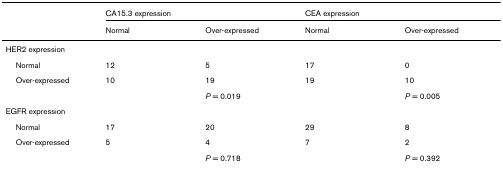
<table><thead><tr><td></td><td colspan="2"><b>CA15.3 expression</b></td><td colspan="2"><b>CEA expression</b></td></tr><tr><td></td><td><b>Normal</b></td><td><b>Over-expressed</b></td><td><b>Normal</b></td><td><b>Over-expressed</b></td></tr></thead><tbody><tr><td>HER2 expression</td><td></td><td></td><td></td><td></td></tr><tr><td> Normal</td><td>12</td><td>5</td><td>17</td><td>0</td></tr><tr><td> Over-expressed</td><td>10</td><td>19</td><td>19</td><td>10</td></tr><tr><td></td><td></td><td><i>P </i>= 0.019</td><td></td><td><i>P </i>= 0.005</td></tr><tr><td>EGFR expression</td><td></td><td></td><td></td><td></td></tr><tr><td> Normal</td><td>17</td><td>20</td><td>29</td><td>8</td></tr><tr><td> Over-expressed</td><td>5</td><td>4</td><td>7</td><td>2</td></tr><tr><td></td><td></td><td><i>P </i>= 0.718</td><td></td><td><i>P </i>= 0.392</td></tr></tbody></table>